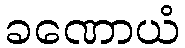
ခဏောယံ